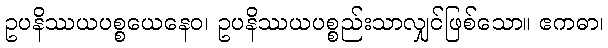
ဥပနိဿယပစ္စယေနေဝ၊ ဥပနိဿယပစ္စည်းသာလျှင်ဖြစ်သော။ ဧကဓာ၊